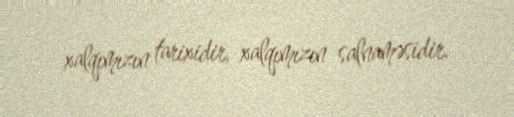
xalqımızın tarixidir, xalqımızın salnaməsidir.